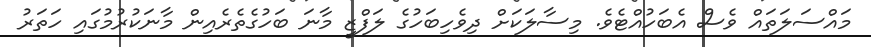
މައްސަލަތައް ވެސް އެބަހުއްޓެވެ. މިސާލަކަށް ދިވެހިބަހުގެ ލަފްޒީ މާނަ ބަހުގެތެރެއިން މާނަކުރުމުގައި ހަތަރު